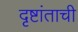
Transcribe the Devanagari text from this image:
दृष्टांताची